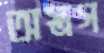
অস্ত্রগ